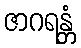
ဇာဂရန္တံ